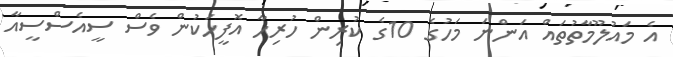
އެ މައުލޫމާތުތައް އަންނަ މަހުގެ 10ގެ ކުރިން ހުރިހާ އޮފީހަކުން ވެސް ސީއެސްސީއާ